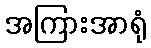
အကြားအာရုံ